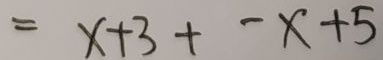
= x + 3 + - x + 5